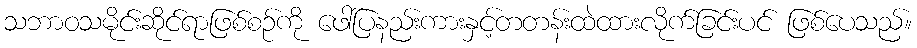
သဘာဝသမိုင်းဆိုင်ရာဖြစ်စဉ်ကို ဖေါ်ပြနည်းကားနှင့်တတန်းထဲထားလိုက်ခြင်းပင် ဖြစ်ပေသည်။